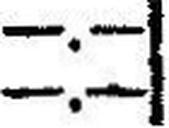
—.—